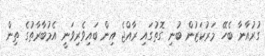
ގުރުއާނާ ބެހޭ މަރުކަޒުން ބުނި ގޮތުގައި ރާއްޖެ އިން ބައިވެރިވަނީ އެމުބާރާތުގެ ތިން